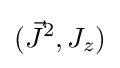
({\vec {J}}^{2},J_{z})